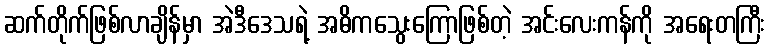
ဆက်တိုက်ဖြစ်လာချိန်မှာ အဲဒီဒေသရဲ့ အဓိကသွေးကြောဖြစ်တဲ့ အင်းလေးကန်ကို အရေးတကြီး